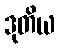
ဒုတိယ